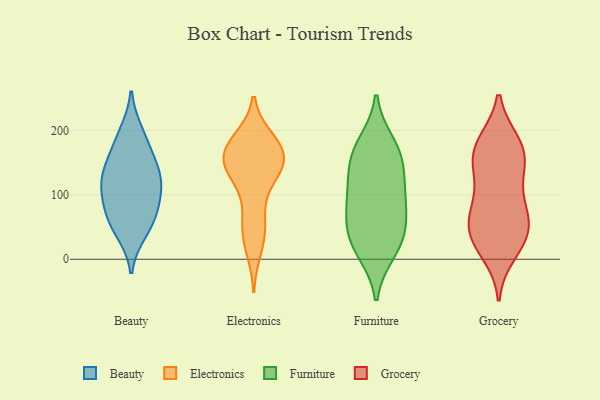
{"axis": {"x": "Satisfaction Score", "y": "Value"}, "legend": ["Beauty", "Electronics", "Furniture", "Grocery"], "data": [{"x": "", "y": 75, "type": "Beauty"}, {"x": "", "y": 115, "type": "Beauty"}, {"x": "", "y": 104, "type": "Beauty"}, {"x": "", "y": 147, "type": "Beauty"}, {"x": "", "y": 197, "type": "Beauty"}, {"x": "", "y": 108, "type": "Beauty"}, {"x": "", "y": 145, "type": "Beauty"}, {"x": "", "y": 134, "type": "Beauty"}, {"x": "", "y": 183, "type": "Beauty"}, {"x": "", "y": 70, "type": "Beauty"}, {"x": "", "y": 42, "type": "Beauty"}, {"x": "", "y": 53, "type": "Beauty"}, {"x": "", "y": 184, "type": "Electronics"}, {"x": "", "y": 150, "type": "Electronics"}, {"x": "", "y": 166, "type": "Electronics"}, {"x": "", "y": 140, "type": "Electronics"}, {"x": "", "y": 54, "type": "Electronics"}, {"x": "", "y": 125, "type": "Electronics"}, {"x": "", "y": 37, "type": "Electronics"}, {"x": "", "y": 133, "type": "Electronics"}, {"x": "", "y": 68, "type": "Electronics"}, {"x": "", "y": 178, "type": "Electronics"}, {"x": "", "y": 164, "type": "Electronics"}, {"x": "", "y": 143, "type": "Electronics"}, {"x": "", "y": 17, "type": "Electronics"}, {"x": "", "y": 166, "type": "Electronics"}, {"x": "", "y": 174, "type": "Electronics"}, {"x": "", "y": 20, "type": "Furniture"}, {"x": "", "y": 167, "type": "Furniture"}, {"x": "", "y": 12, "type": "Furniture"}, {"x": "", "y": 91, "type": "Furniture"}, {"x": "", "y": 43, "type": "Furniture"}, {"x": "", "y": 147, "type": "Furniture"}, {"x": "", "y": 107, "type": "Furniture"}, {"x": "", "y": 155, "type": "Furniture"}, {"x": "", "y": 66, "type": "Furniture"}, {"x": "", "y": 101, "type": "Furniture"}, {"x": "", "y": 179, "type": "Furniture"}, {"x": "", "y": 41, "type": "Furniture"}, {"x": "", "y": 36, "type": "Grocery"}, {"x": "", "y": 146, "type": "Grocery"}, {"x": "", "y": 41, "type": "Grocery"}, {"x": "", "y": 78, "type": "Grocery"}, {"x": "", "y": 66, "type": "Grocery"}, {"x": "", "y": 85, "type": "Grocery"}, {"x": "", "y": 33, "type": "Grocery"}, {"x": "", "y": 142, "type": "Grocery"}, {"x": "", "y": 164, "type": "Grocery"}, {"x": "", "y": 10, "type": "Grocery"}, {"x": "", "y": 181, "type": "Grocery"}, {"x": "", "y": 179, "type": "Grocery"}, {"x": "", "y": 30, "type": "Grocery"}, {"x": "", "y": 177, "type": "Grocery"}, {"x": "", "y": 131, "type": "Grocery"}, {"x": "", "y": 72, "type": "Grocery"}]}